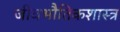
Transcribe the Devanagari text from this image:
जीवभौतिकशास्त्र